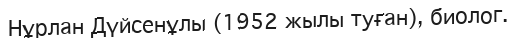
Нұрлан Дүйсенұлы (1952 жылы туған), биолог.